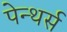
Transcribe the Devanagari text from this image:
पेन्थर्स